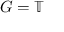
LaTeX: G = \mathbb { T }